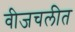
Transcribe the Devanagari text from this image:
वीजचलीत